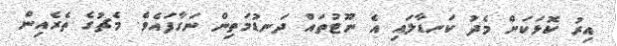
އިރު ކޮޅަކަށް މެދު ކަނޑާލައި އެ ނޫޓުތައް ދަނޑުމަތިން ނަގާފައެވެ. މެޗުގެ ތެރެއިން